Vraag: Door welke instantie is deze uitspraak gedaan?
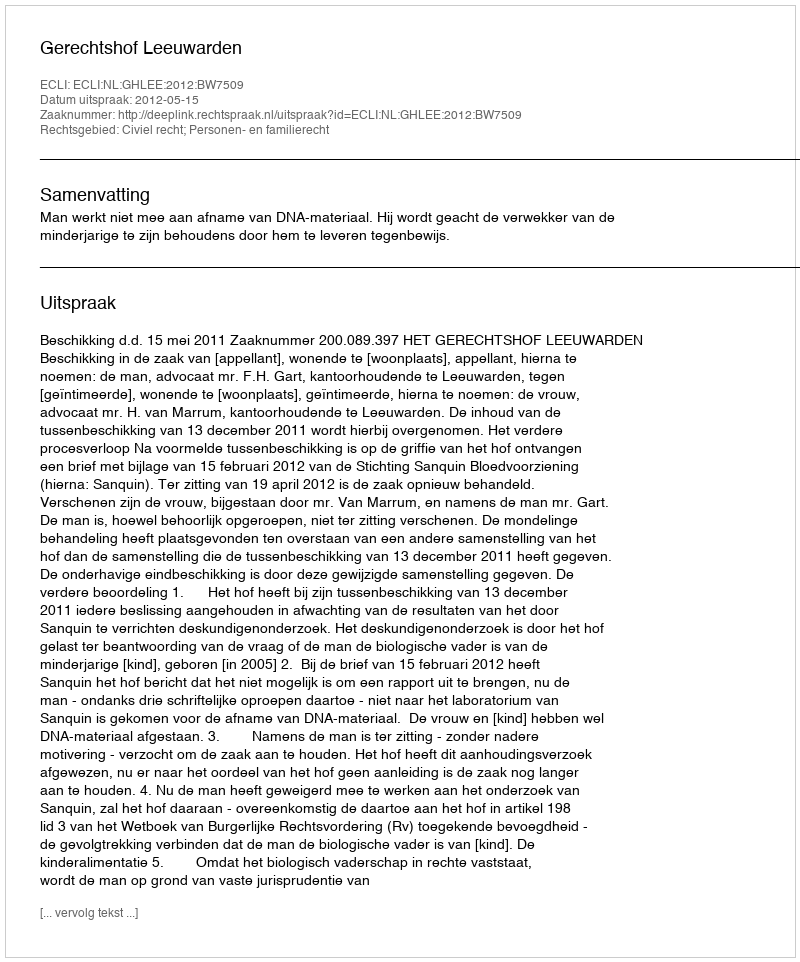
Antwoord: Gerechtshof Leeuwarden